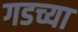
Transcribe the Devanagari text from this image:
गडच्या